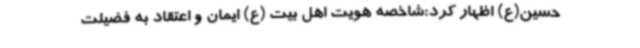
حسین(ع) اظهار کرد:شاخصه هویت اهل بیت (ع) ایمان و اعتقاد به فضیلت